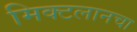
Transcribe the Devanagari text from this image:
मिक्टलानचा